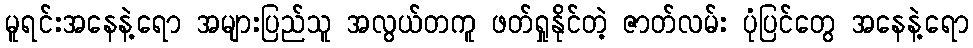
မူရင်းအနေနဲ့ရော အများပြည်သူ အလွယ်တကူ ဖတ်ရှုနိုင်တဲ့ ဇာတ်လမ်း ပုံပြင်တွေ အနေနဲ့ရော